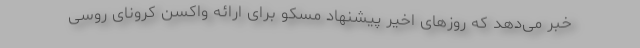
خبر می‌دهد که روزهای اخیر پیشنهاد مسکو برای ارائه واکسن کرونای روسی